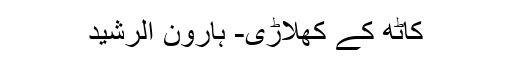
کاٹھ کے کھلاڑی- ہارون الرشید